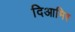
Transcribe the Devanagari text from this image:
दिआमिर